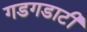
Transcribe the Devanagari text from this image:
गडगडाटी